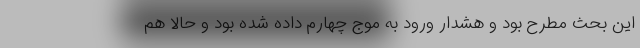
این بحث مطرح بود و هشدار ورود به موج چهارم داده شده بود و حالا هم